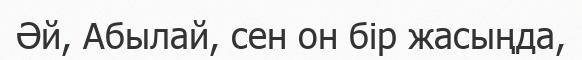
Әй, Абылай, сен он бір жасыңда,